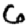
Digit: 6